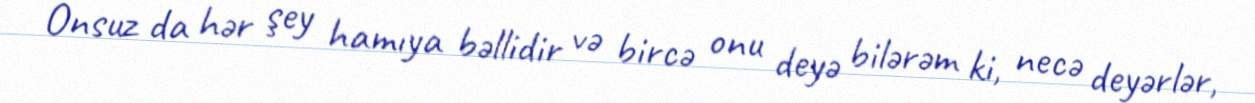
Onsuz da hər şey hamıya bəllidir və bircə onu deyə bilərəm ki, necə deyərlər,